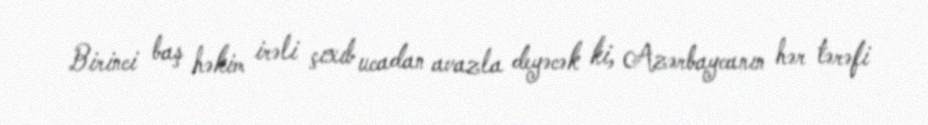
Birinci baş həkim irəli çıxıb ucadan avazla deyəcək ki, Azərbaycanın hər tərəfi